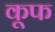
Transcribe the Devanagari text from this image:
कूफ